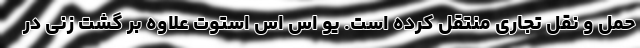
حمل و نقل تجاری منتقل کرده است. یو اس اس استوت علاوه بر گشت زنی در